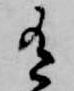
有